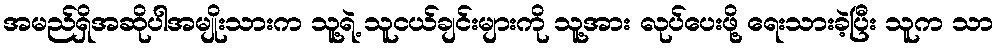
အမည်ရှိအဆိုပါအမျိုးသားက သူ့ရဲ့ သူငယ်ချင်းများကို သူ့အား လုပ်ပေးဖို့ ရေးသားခဲ့ပြီး သူက သာ